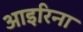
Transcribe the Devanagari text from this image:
आइरिना